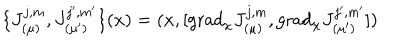
LaTeX: \{ J _ { ( \mu ) } ^ { j , m } , J _ { ( \mu ^ { \prime } ) } ^ { j ^ { \prime } , m ^ { \prime } } \} ( x ) = ( x , [ \mathrm { g r a d } _ { x } J _ { ( \mu ) } ^ { j , m } , \mathrm { g r a d } _ { x } J _ { ( \mu ^ { \prime } ) } ^ { j ^ { \prime } , m ^ { \prime } } ] )